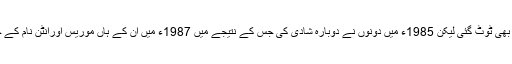
1987ء میں یہ شادی بھی ٹوٹ گئی لیکن 1985ء میں دونوں نے دوبارہ شادی کی جس کے نتیجے میں 1987ء میں ان کے ہاں موریس اورانٹن نام کے جڑواں بچے پیدا ہوئے۔